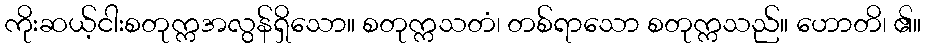
ကိုးဆယ့်ငါးစတုက္ကအလွန်ရှိသော။ စတုက္ကသတံ၊ တစ်ရာသော စတုက္ကသည်။ ဟောတိ၊ ၏။